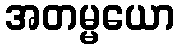
အတမ္မယော